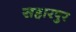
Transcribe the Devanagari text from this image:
सहारपुर